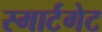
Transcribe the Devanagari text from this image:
स्मार्टगेट